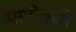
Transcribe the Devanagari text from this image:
पानीकुटौ